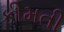
કીમતી